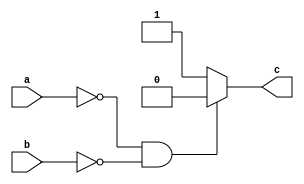
module orbehav(output reg c, input a,b);
always @ (a or b) begin
    if (a==1'b0 & b==1'b0) begin
        c = 1'b0;
    end
    else 
    c=1'b1;
end
endmodule